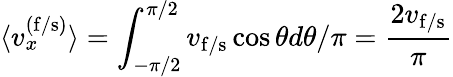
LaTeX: \langle v_{x}^{(\mathrm{f/s)}}\rangle=\int_{-\pi/2}^{\pi/2}v_{\mathrm{f/s}}\cos\theta d\theta/\pi=\frac{2v_{\mathrm{f/s}}}{\pi}